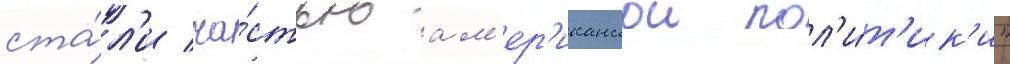
ста́л'и ча́стью ам'ер'иканскои пол'и́т'ик'и"